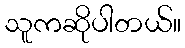
သူကဆိုပါတယ်။